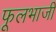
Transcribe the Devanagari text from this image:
फूलभाजी